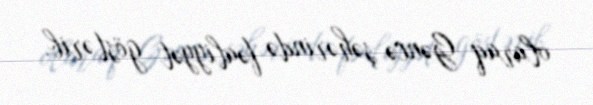
olaraq Gəncə şəhərində fəaliyyət göstərib.